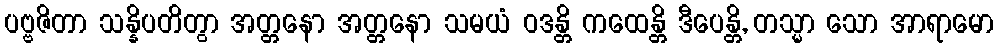
ပဗ္ဗဇိတာ သန္နိပတိတွာ အတ္တနော အတ္တနော သမယံ ဝဒန္တိ ကထေန္တိ ဒီပေန္တိ, တသ္မာ သော အာရာမော